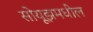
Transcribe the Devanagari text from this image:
सोयूझमधील